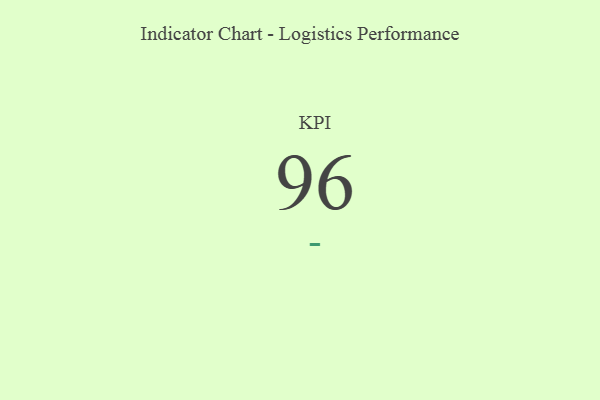
{"axis": {"x": "KPI", "y": "Value"}, "legend": [""], "data": [{"x": "KPI", "y": 96, "type": ""}]}